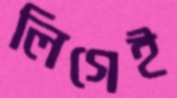
লিগেই